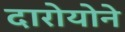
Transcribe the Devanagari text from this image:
दारोयोने